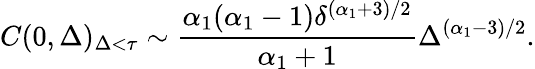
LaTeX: C(0,\Delta)_{\Delta<\tau}\sim\frac{\alpha_{1}(\alpha_{1}-1)\delta^{(\alpha_{1}+3)/2}}{\alpha_{1}+1}\Delta^{(\alpha_{1}-3)/2}.